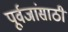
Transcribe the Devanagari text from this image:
पूर्वजांसाठी